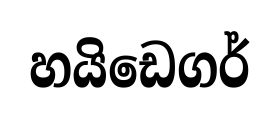
හයිඩෙගර්